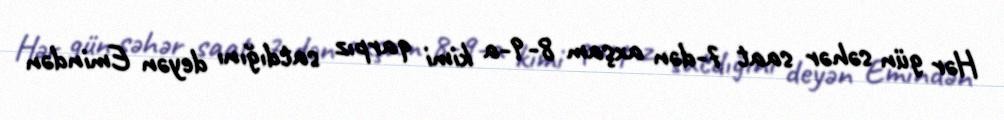
Hər gün səhər saat 7-dən axşam 8-9-a kimi qarpız satdığını deyən Emindən